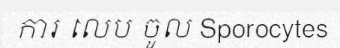
ការ លេប ចូល Sporocytes